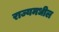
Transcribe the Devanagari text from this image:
राज्यमधील